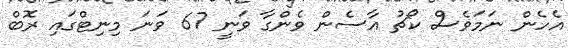
އެހެން ނަމަވެސް ކޯޗު އާސެން ވެންގާ ވަނީ 67 ވަނަ މިނިޓްގައި ރޮބް